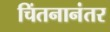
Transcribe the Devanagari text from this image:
चिंतनानंतर